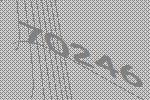
70246